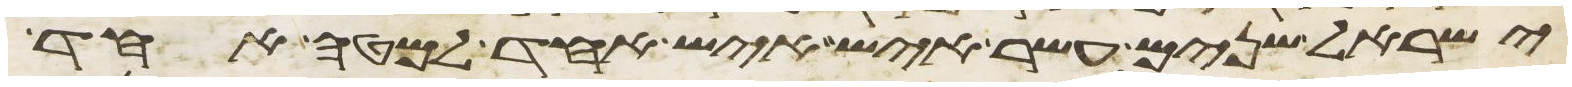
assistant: ישראל שנים עשר איש איש אחד למטה אחד